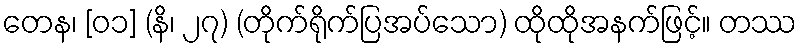
တေန၊ [၀၁] (နိ၊ ၂၇) (တိုက်ရိုက်ပြအပ်သော) ထိုထိုအနက်ဖြင့်။ တဿ